Annual administration and progress report of the Indian Medical Department, Bombay
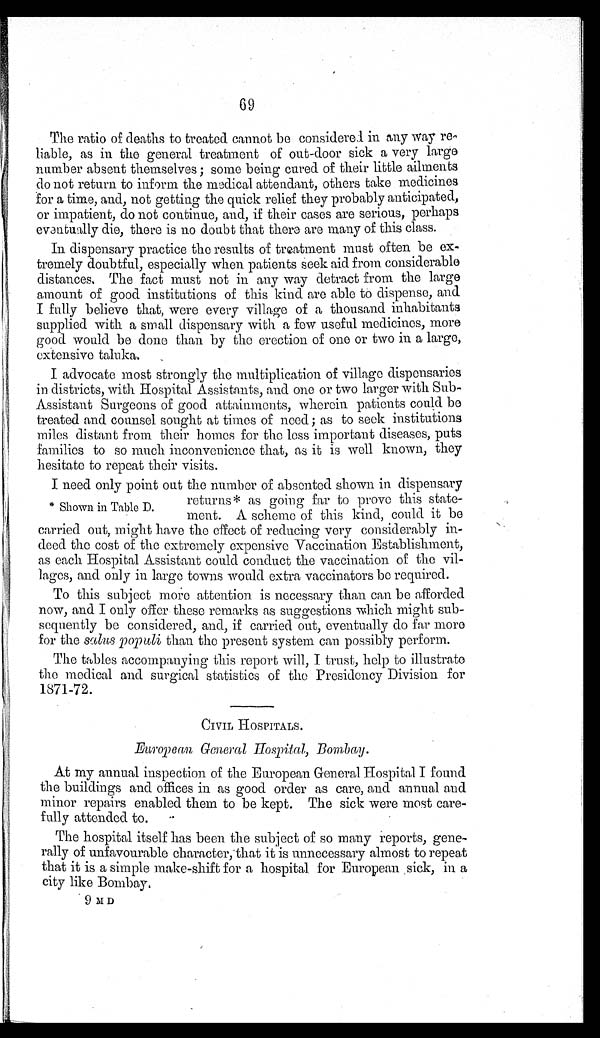
69
The ratio of deaths to treated cannot be considered in any way re-
liable, as in the general treatment of out-door sick a very large
number absent themselves; some being cured of their little ailments
do not return to inform the medical attendant, others take medicines
for a time, and, not getting the quick relief they probably anticipated,
or impatient, do not continue, and, if their cases are serious, perhaps
eventually die, there is no doubt that there are many of this class.
In dispensary practice the results of treatment must often be ex-
tremely doubtful, especially when patients seek aid from considerable
distances. The fact must not in any way detract from the large
amount of good institutions of this kind are able to dispense, and
I fully believe that, were every village of a thousand inhabitants
supplied with a small dispensary with a few useful medicines, more
good would be done than by the erection of one or two in a large,
extensive taluka.
I advocate most strongly the multiplication of village dispensaries
in districts, with Hospital Assistants, and one or two larger with Sub-
Assistant Surgeons of good attainments, wherein patients could be
treated and counsel sought at times of need; as to seek institutions
miles distant from their homes for the less important diseases, puts
families to so much inconvenience that, as it is well known, they
hesitate to repeat their visits.
I need only point out the number of absented shown in dispensary
returns* as going far to prove this state-
ment. A scheme of this kind, could it be
carried out, might have the effect of reducing very considerably in-
deed the cost of the extremely expensive Vaccination Establishment,
as each Hospital Assistant could conduct the vaccination of the vil-
lages, and only in large towns would extra vaccinators be required.
To this subject more attention is necessary than can be afforded
now, and I only offer these remarks as suggestions which might sub-
sequently be considered, and, if carried out, eventually do far more
for the salus populi than the present system can possibly perform.
The tables accompanying this report will, I trust, help to illustrate
the medical and surgical statistics of the Presidency Division for
1871-72.
CIVIL HOSPITALS.
European General Hospital, Bombay.
At my annual inspection of the European General Hospital I found
the buildings and offices in as good order as care, and annual and
minor repairs enabled them to be kept. The sick were most care-
fully attended to.
The hospital itself has been the subject of so many reports, gene-
rally of unfavourable character, that it is unnecessary almost to repeat
that it is a simple make-shift for a hospital for European sick, in a
city like Bombay.
9 M D
* Shown in Table D.